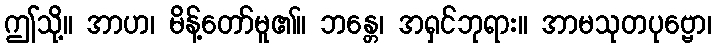
ဤသို့။ အာဟ၊ မိန့်တော်မူ၏။ ဘန္တေ၊ အရှင်ဘုရား။ အာမသုတပုဗ္ဗော၊